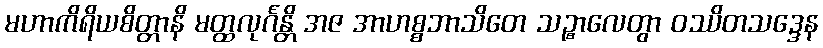
မဟာကိရိယစိတ္တာနိ မတ္ထလုင်္ဂန္တိ အဇ အာဟစ္စဘာသိတေ သဉ္စာလေတွာ ဝဿိတသဒ္ဒေန